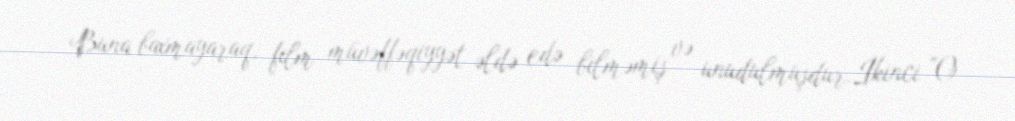
Buna baxmayaraq, film müvəffəqiyyət əldə edə bilməmiş və unudulmuşdur.İkinci "O